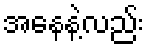
အနေနဲ့လည်း